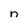
Character: n